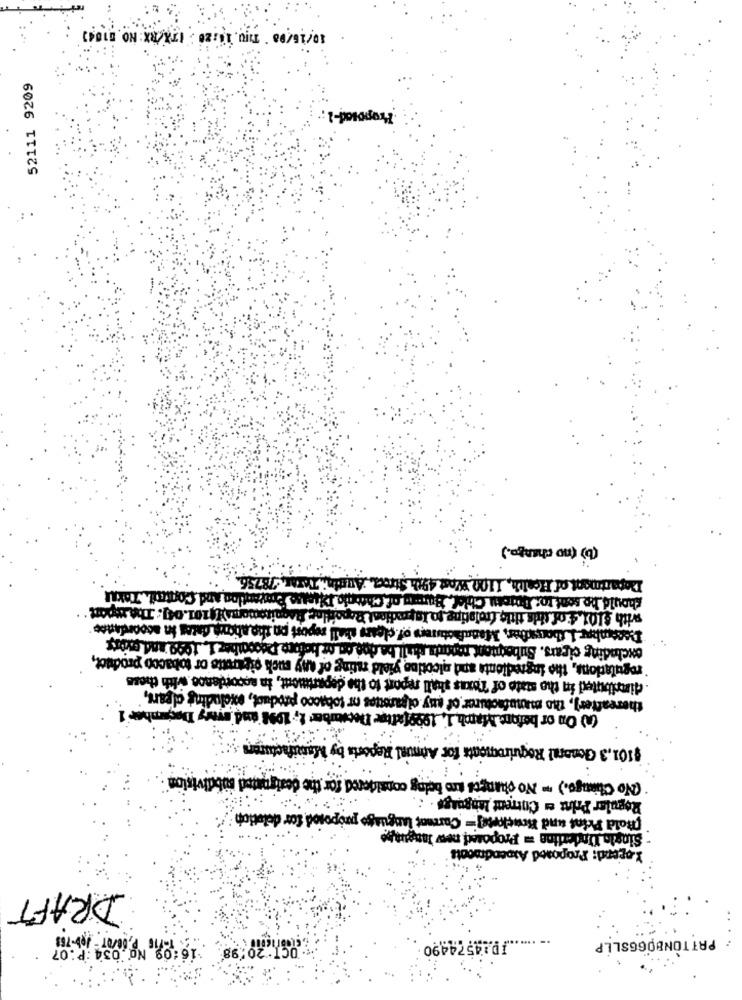
10/15/08 THU, 10:20 ITA/RX: NO.0184)
52111 9209
Proposed-1:
(b) (no change.)
Department of Health, 1100 Wost 49th Str
Cher die Please Prevention and Contai.Taxu
should be sent to: Bureau Chief, Bar
Reporting Requismoms)[{101.04]. The report
with Slot $ of this title freigting to lapa
loturers of clears shell report po tho atics dates in accordance
excluding cigars. Subernten
`regulations, the ingredients and nicotine yield rating of any such cigarette or tobacco product,
dinnibuted in the mate of Texas shall report to the department, in accordance with these
thereafter], the manufacturer of any ol garsttes or tobacco product, excluding ofpars,
(A) On or before March 1, 1999[xftpe Decouber 1, 1998 sud sytry December'
$101.3 General Requirements for Ad
(No Chiango.) . No changes are being considered for the designated
Regular Print es Current language .
[hold Print und Bouckorte]= Carrnot language proposod for dolotion
- Siogle Underline = Proposed new language
X opend: Proposed Aspendmcott
DRAFT
PATTONBOGGSLLP
. OCT:20198 16:09 No 034 :P :07
JD:4574490